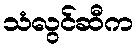
သံလွင်ဆီက